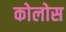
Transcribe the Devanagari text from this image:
कोलोस